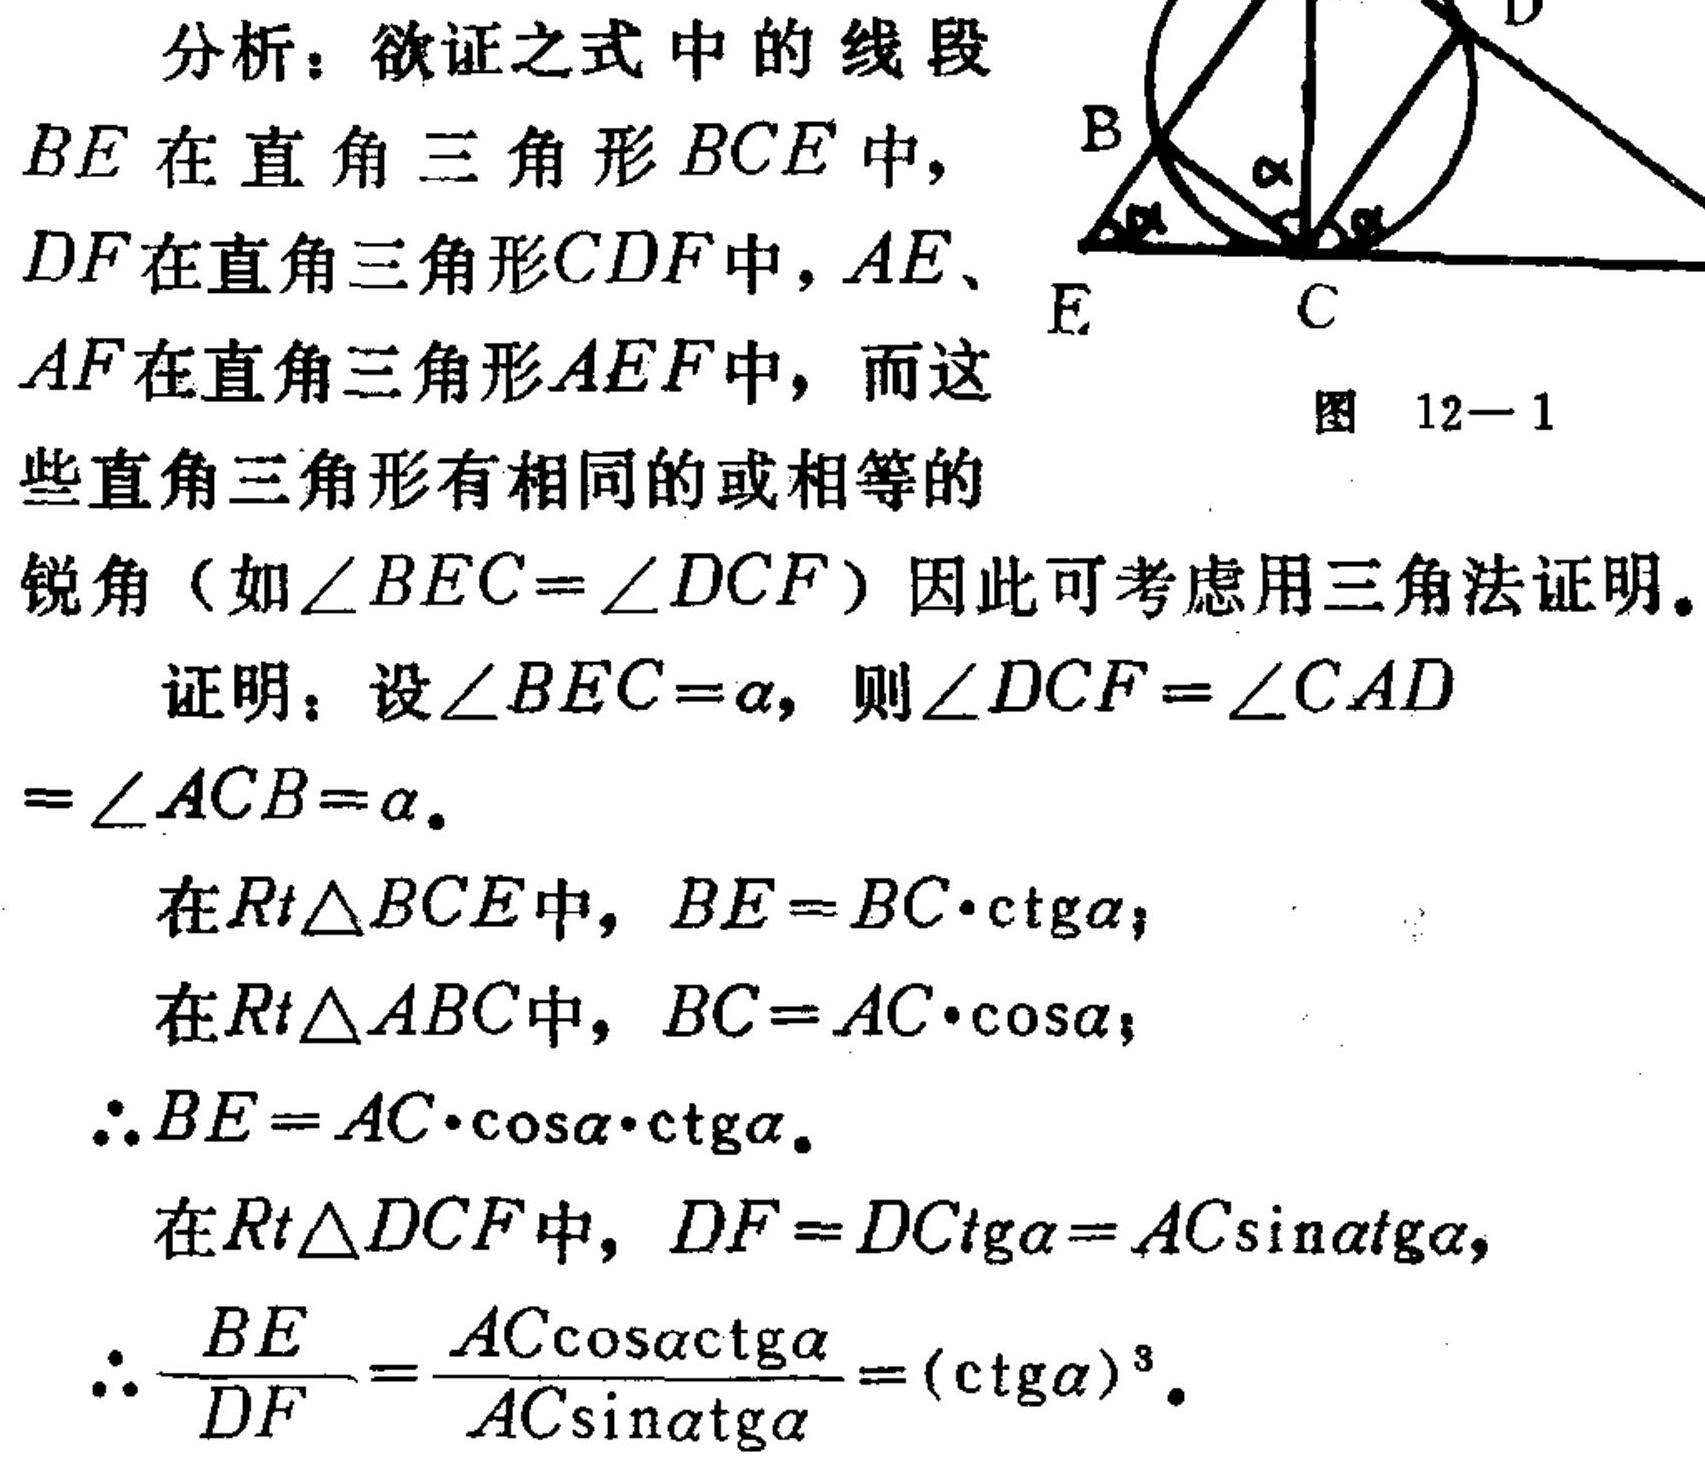
分析：欲证之式 中 的 线 段
\(BE\)在直角三角形\(BCE\)中，
\(DF\)在直角三角形\(CDF\)中，\(AE\)、
\(AF\)在直角三角形\(AEF\)中，而这
些直角三角形有相同的或相等的
锐角（如\(\angle BEC = \angle DCF\)）因此可考虑用三角法证明。

证明：设\(\angle BEC=\alpha\)，则\(\angle DCF = \angle CAD=\angle ACB=\alpha\)。

在\(Rt\triangle BCE\)中，\(BE = BC\cdot\mathrm{ctg}\alpha\)；

在\(Rt\triangle ABC\)中，\(BC = AC\cdot\cos\alpha\)；

\(\therefore BE = AC\cdot\cos\alpha\cdot\mathrm{ctg}\alpha\)。

在\(Rt\triangle DCF\)中，\(DF = DC\mathrm{tg}\alpha=AC\sin\alpha\mathrm{tg}\alpha\)，

\(\therefore \frac{BE}{DF}=\frac{AC\cos\alpha\mathrm{ctg}\alpha}{AC\sin\alpha\mathrm{tg}\alpha}=(\mathrm{ctg}\alpha)^{3}\)。